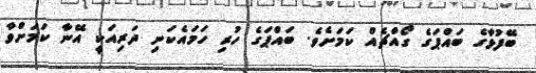
ބޭފުޅާގެ ބައްޕަގެ ގޯއްޗެއް ކަމަށެވެ. ބައްޕަގެ ހުރި ހަމައެކަނި ދަރިއަކީ އޭނާ ކަމަށްވާ